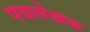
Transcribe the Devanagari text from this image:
पद्यलेखक